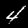
Label: 4